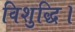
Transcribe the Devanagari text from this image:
विशुद्धि।